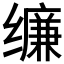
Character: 𰬾